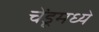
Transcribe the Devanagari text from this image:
चेंडूमध्ये